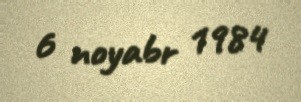
6 noyabr 1984